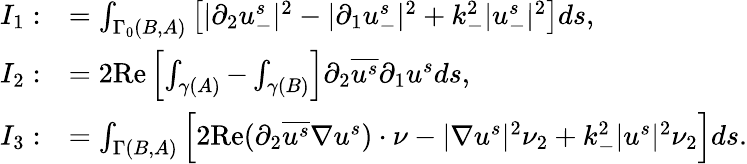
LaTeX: \begin{array}{rl}{I_{1}:}&{=\int_{\Gamma_{0}(B,A)}\left[|\partial_{2}u_{-}^{s}|^{2}-|\partial_{1}u_{-}^{s}|^{2}+k_{-}^{2}|u_{-}^{s}|^{2}\right]ds,}\\ {I_{2}:}&{=2\textrm{Re}\left[\int_{\gamma(A)}-\int_{\gamma(B)}\right]\partial_{2}\overline{{u^{s}}}\partial_{1}u^{s}ds,}\\ {I_{3}:}&{=\int_{\Gamma(B,A)}\left[2\textrm{Re}(\partial_{2}\overline{{u^{s}}}\nabla u^{s})\cdot\nu-|\nabla u^{s}|^{2}\nu_{2}+k_{-}^{2}|u^{s}|^{2}\nu_{2}\right]ds.}\end{array}